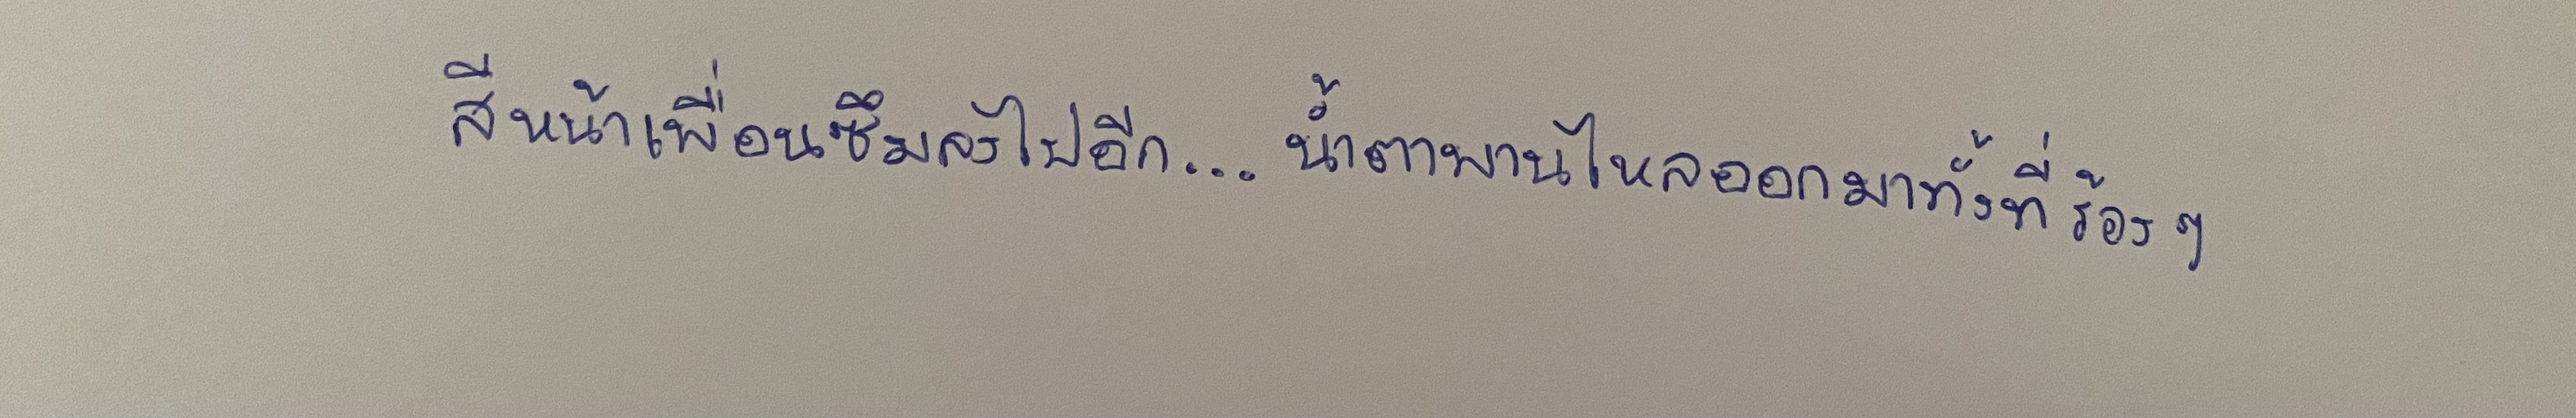
สีหน้าเพื่อนซึมลงไปอีก...น้ำตาพานไหลออกมาทั้งที่ร้องๆ